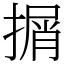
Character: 㨝